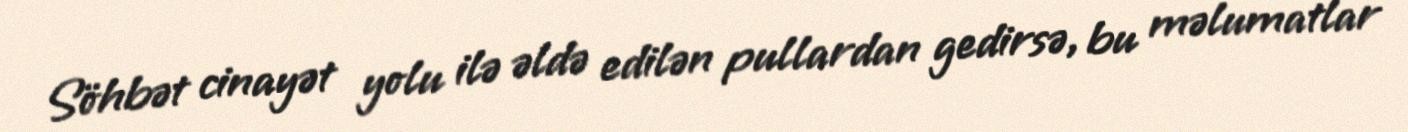
Söhbət cinayət yolu ilə əldə edilən pullardan gedirsə, bu məlumatlar